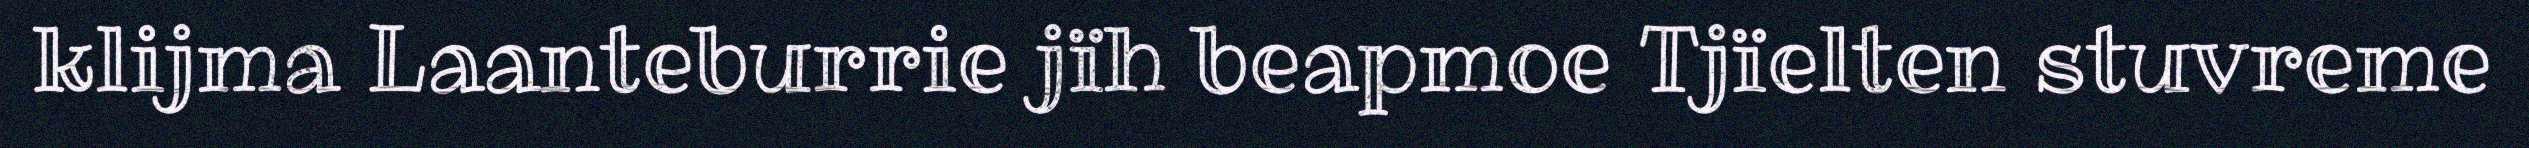
klijma Laanteburrie jïh beapmoe Tjïelten stuvreme